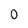
Character: 0